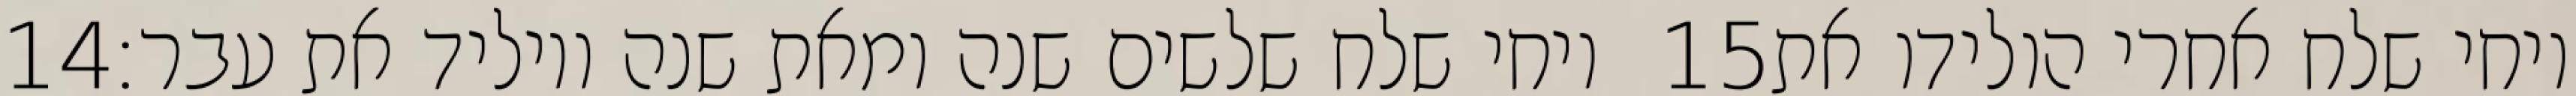
‎14‏ ויחי שלח שלשים שנה ומאת שנה ויוליד את עבר׃ ‎15‏ ויחי שלח אחרי הולידו את